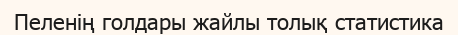
Пеленің голдары жайлы толық статистика